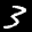
Label: 3